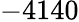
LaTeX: -4140